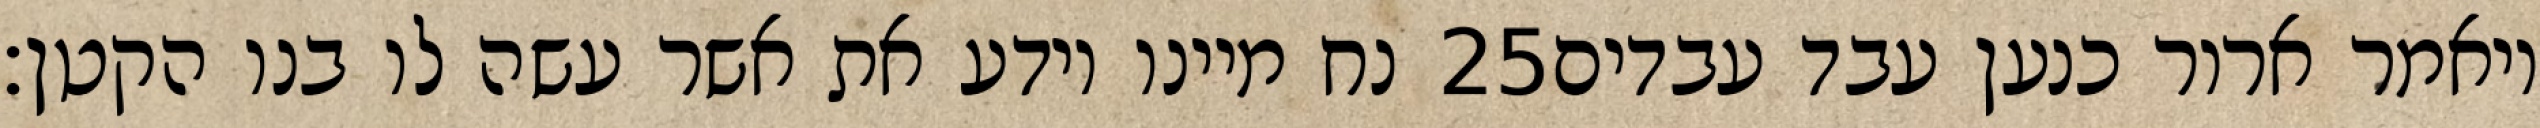
נח מיינו וידע את אשר עשה לו בנו הקטן׃ ‎25‏ ויאמר ארור כנען עבד עבדים